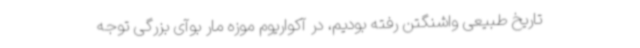
تاریخ طبیعی واشنگتن رفته بودیم، در آکواریوم موزه مار بوآی بزرگی توجه